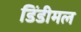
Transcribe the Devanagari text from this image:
डिंडीमल